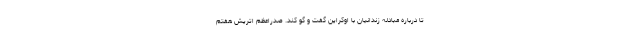
تا درباره مبادله زندانیان با اوکراین گفت و گو کند. صدراعظم اتریش هفتم